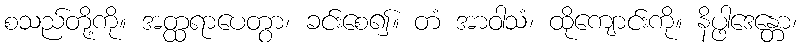
စသည်တို့ကို။ အတ္ထရာပေတွာ၊ ခင်းစေ၍။ တံ အာဝါသံ၊ ထိုကျောင်းကို။ နိပ္ဖါဒေန္တော၊